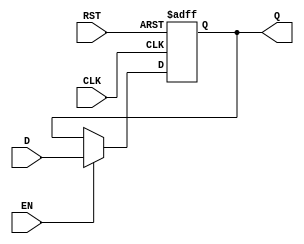
module PipelineBuffer (
    input wire D,        // Data Input
    input wire CLK,      // Clock Input
    input wire EN,       // Enable Signal
    input wire RST,      // Asynchronous Reset
    output reg Q         // Data Output
);

    // Asynchronous Reset and Latching Mechanism
    always @(posedge CLK or posedge RST) begin
        if (RST) begin
            Q <= 1'b0;    // Reset output to 0
        end else if (EN) begin
            Q <= D;       // Latch the data input when EN is asserted
        end
    end

endmodule